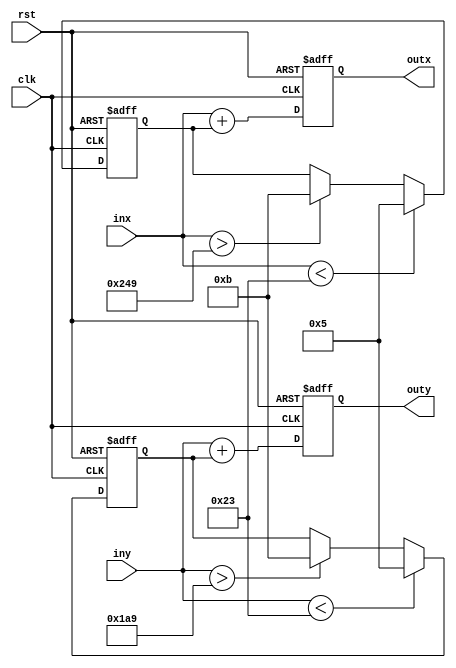
module space (
	input clk,
	input rst,
	input wire [11:0] inx,
	input wire [11:0] iny,
	output reg [11:0] outx,
	output reg [11:0] outy
);

reg [3:0] xmov;
reg [3:0] ymov;



// ball is 20px by 20px

always @(posedge clk or negedge rst)
begin
	if (!rst)
	begin
		outx <= 4'd0;
		outy <= 4'd0;
		xmov <= 4'd0;
		ymov <= 4'd0;
	end
	else
	begin
		if (inx < 12'd35)
			xmov <= 4'd5;
		else if (inx > 12'd585)
			xmov <= -4'd5;
		
		if (iny < 35)
			ymov <= 4'd5;
		else if (iny > 425)
			ymov <= -4'd5;
		
		outx <= inx + xmov;
		outy <= iny + ymov;
		
	end


end


endmodule